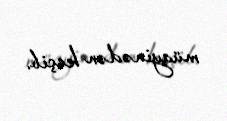
müayinədən keçib.